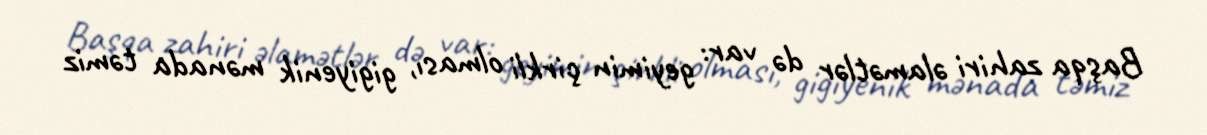
Başqa zahiri əlamətlər də var: geyimin çirkli olması, gigiyenik mənada təmiz